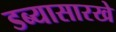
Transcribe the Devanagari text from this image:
डब्यासारखे